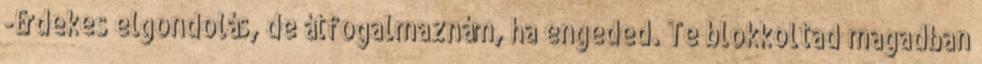
-Érdekes elgondolás, de átfogalmaznám, ha engeded. Te blokkoltad magadban